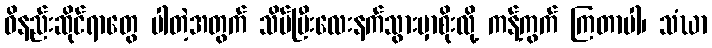
ဝိနည်းဆိုင်ရာတွေ ပါတဲ့အတွက် သိပ်ပြီးလေးနက်သွားမှာစိုးလို့ ကန့်ကွက် ကြတာပါ၊ သံဃာ